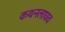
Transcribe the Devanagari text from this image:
कथनलाघव